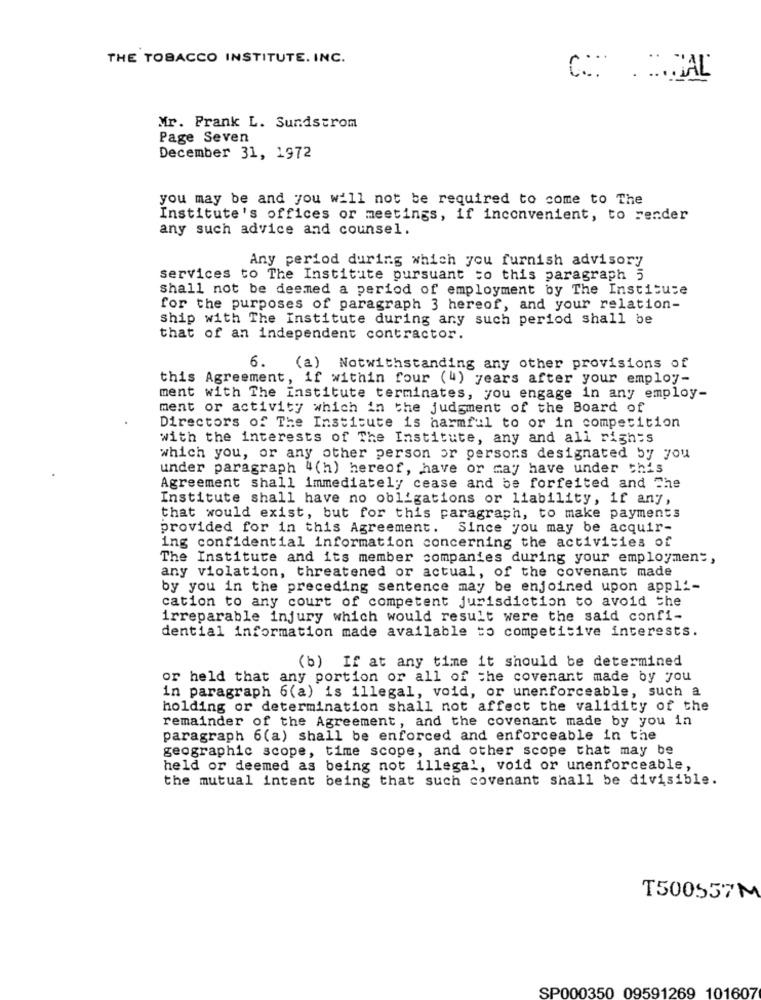
THE TOBACCO INSTITUTE. INC.
Mr. Prank L. Sundstrom
Page Seven
December 31, 1972
you may be and you will not be required to come to The
Institute's offices or meetings, if inconvenient, to render
any such advice and counsel.
Any period during which you furnish advisory
services to The Institute pursuant to this paragraph 5
Shall not be deemed a period of employment by The Institute
for the purposes of paragraph 3 hereof, and your relation-
ship with The Institute during any such period shall be
that of an independent contractor.
6.
(a) Notwithstanding any other provisions of
this Agreement, if within four (4) years after your employ-
ment with The institute terminates, you engage in any employ-
ment or activity which in the judgment of the Board of
Directors of The Institute is harmful to or in competition
with the interests of The Institute, any and all rights
which you, or any other person or persons designated by you
under paragraph 4(h) hereof, have or may have under this
Agreement shall immediately cease and be forfeited and The
Institute shall have no obligations or liability, if any,
that would exist, but for this paragraph, to make payments
provided for in this Agreement. Since you may be acquir-
ing confidential information concerning the activities of
The Institute and its member companies during your employment,
any violation, threatened or actual, of the covenant made
by you in the preceding sentence may be enjoined upon appli-
cation to any court of competent jurisdiction to avoid the
irreparable injury which would result were the said confi-
dential information made available to competitive interests.
(b) If at any time it should be determined
or held that any portion or all of the covenant made by you
in paragraph 6(a) is illegal, void, or unenforceable, such a
holding or determination shall not affect the validity of the
remainder of the Agreement, and the covenant made by you in
paragraph 6(a) shall be enforced and enforceable in the
geographic scope, time scope, and other scope that may be
held or deemed as being not illegal, void or unenforceable,
the mutual intent being that such covenant shall be divisible.
T500557M
SP000350 09591269 101607